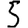
Digit: 5